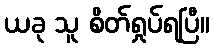
ယခု သူ စိတ်ရှုပ်ရပြီ။